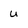
Character: u